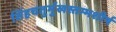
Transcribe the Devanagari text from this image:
सिंहचतुर्मुखस्तम्भशीर्ष